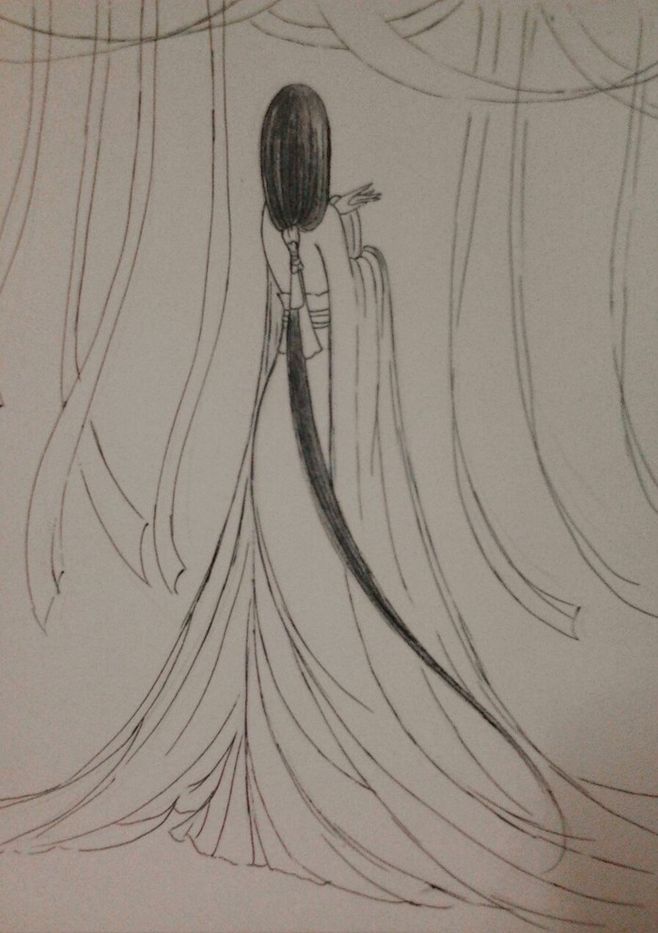
茕茕孑立，形影相吊。